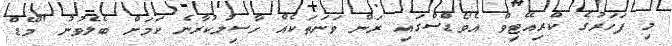
މި ފަހަރުގެ ކްރިއޭޓިވް އެވޯޑްސްގައި ރަން ވަނަތަކެއް ހާސިލުކުރާނެ ކަމަށް ބެލެވުނު "މޭޑް